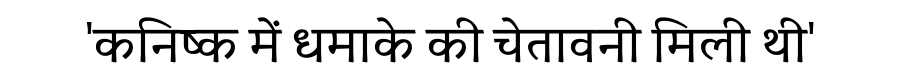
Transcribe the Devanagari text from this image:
'कनिष्क में धमाके की चेतावनी मिली थी'